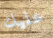
عليك